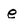
Character: e